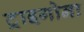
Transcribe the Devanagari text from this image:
ट्राइगोना